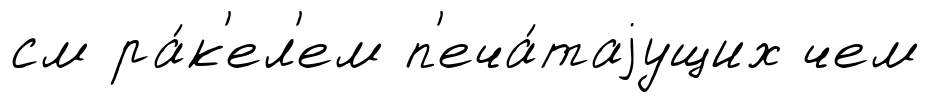
см ра́к'ел'ем п'еча́таjущих чем